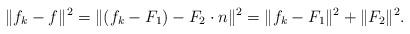
LaTeX: \begin{align*}\|f_{k}-f\|^{2} = \|(f_{k}-F_{1}) - F_{2}\cdot n\|^{2} = \|f_{k}-F_{1}\|^{2} + \|F_{2}\|^{2}.\end{align*}